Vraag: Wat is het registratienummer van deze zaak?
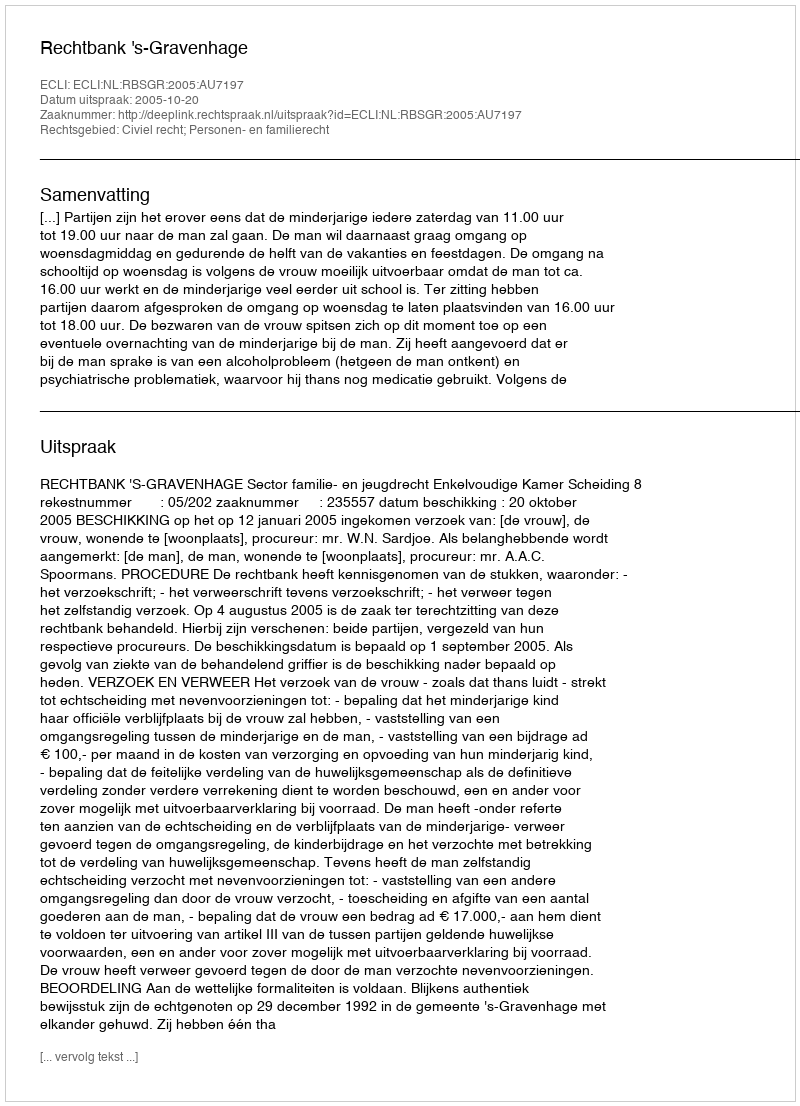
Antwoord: http://deeplink.rechtspraak.nl/uitspraak?id=ECLI:NL:RBSGR:2005:AU7197